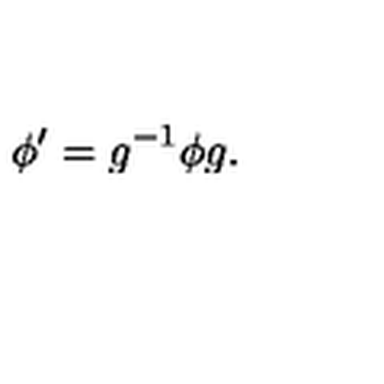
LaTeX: \phi ^ { \prime } = g ^ { - 1 } \phi g .